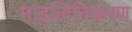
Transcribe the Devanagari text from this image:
माइलिनिकरण